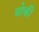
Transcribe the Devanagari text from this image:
थोकी